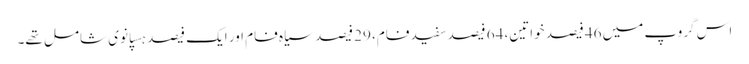
اس گروپ میں 46 فیصد خواتین، 64 فیصد سفید فام، 29 فیصد سیاہ فام اور ایک فیصد ہسپانوی شامل تھے۔